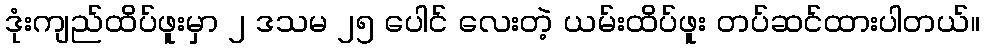
ဒုံးကျည်ထိပ်ဖူးမှာ ၂ ဒသမ ၂၅ ပေါင် လေးတဲ့ ယမ်းထိပ်ဖူး တပ်ဆင်ထားပါတယ်။